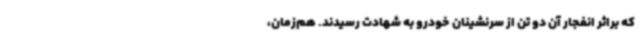
که براثر انفجار آن دو تن از سرنشینان خودرو به شهادت رسیدند. هم‌زمان،